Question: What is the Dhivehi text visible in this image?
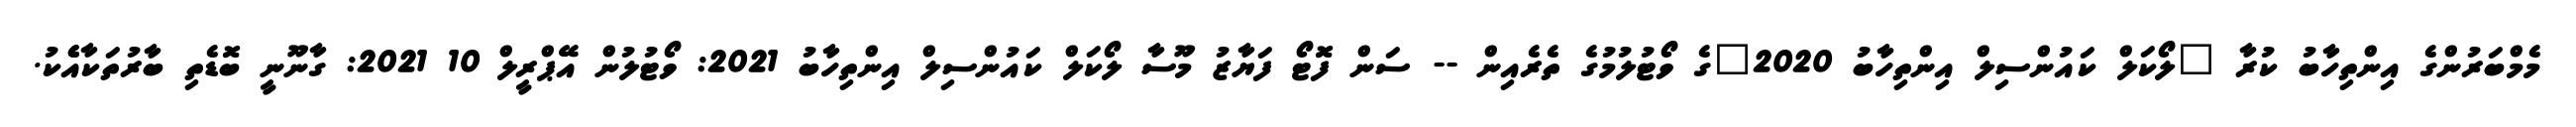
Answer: މެމްބަރުންގެ އިންތިހާބު ކުރާ "ލޯކަލް ކައުންސިލް އިންތިހާބު 2020"ގެ ވޯޓުލުމުގެ ތެރެއިން -- ސަން ފޮޓޯ ފަޔާޒު މޫސާ ލޯކަލް ކައުންސިލް އިންތިހާބު 2021: ވޯޓުލުން އޭޕްރީލް 10 2021: ގާނޫނީ ބޮޑެތި ބާރުތަކާއެެކު.